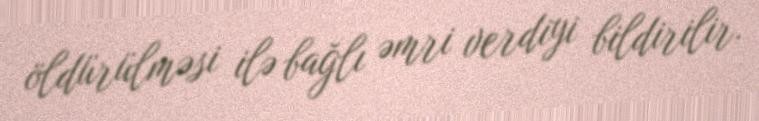
öldürülməsi ilə bağlı əmri verdiyi bildirilir.